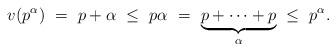
LaTeX: \begin{align*} v(p^\alpha) \ =\ p +\alpha\ \le \ p\alpha\ =\ \underbrace{p +\cdots + p}_{\alpha} \ \le \ p^\alpha. \end{align*}